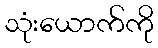
သုံးယောက်ကို